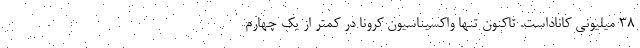
38 میلیونی کاناداست. تاکنون تنها واکسیناسیون کرونا در کمتر از یک چهارم